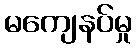
မကျေနပ်မှု